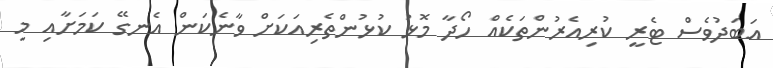
އަބަދުވެސް ޓެރީ ކުރިއެރުންތަކެއް ހޯދާ މޮޅު ކުޅުންތެރިއަކަށް ވާނެކަން އެނގޭ ކަމަށާއި މި